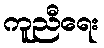
ကူညီရေး